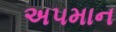
અ૫માન